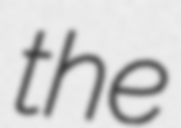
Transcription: the